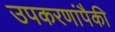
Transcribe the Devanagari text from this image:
उपकरणांपैकी